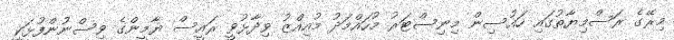
މިރޭގެ ރަސްމިޔާތުގައި ހައުސިން މިނިސްޓަރު މުހައްމަދު މުއިއްޒު ވިދާޅުވީ ރައީސް ޔާމީންގެ ވިސްނުންފުޅަކީ